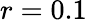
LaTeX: r=0.1